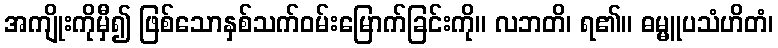
အကျိုးကိုမှီ၍ ဖြစ်သောနှစ်သက်ဝမ်းမြောက်ခြင်းကို။ လဘတိ၊ ရ၏။ ဓမ္မူပသံဟိတံ၊